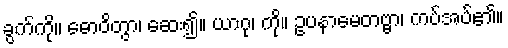
ခွက်ကို။ ဓောဝိတွာ၊ ဆေး၍။ ယာဂု၊ ကို။ ဥပနာမေတဗ္ဗာ၊ ကပ်အပ်၏။